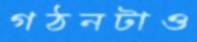
গঠনটাও